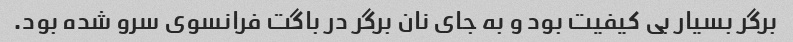
برگر بسیار بی کیفیت بود و به جای نان برگر در باگت فرانسوی سرو شده بود.